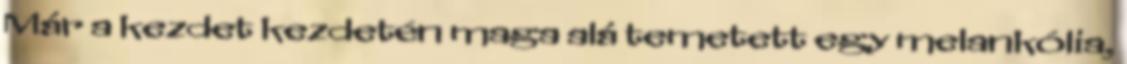
Már a kezdet kezdetén maga alá temetett egy melankólia,